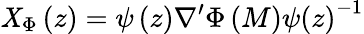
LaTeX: \mathit{X}_{\Phi}\left(z\right)=\psi\left(z\right)\nabla^{\prime}\Phi\left(M\right)\psi\left(z\right)^{-1}